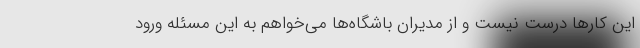
این کارها درست نیست و از مدیران باشگاه‌ها می‌خواهم به این مسئله ورود